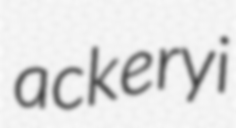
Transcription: ackeryi